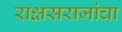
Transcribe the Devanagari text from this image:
राक्षसराजांचा